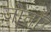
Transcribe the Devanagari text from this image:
जोताँ